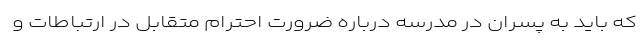
که باید به پسران در مدرسه درباره ضرورت احترام متقابل در ارتباطات و